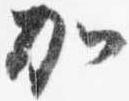
加